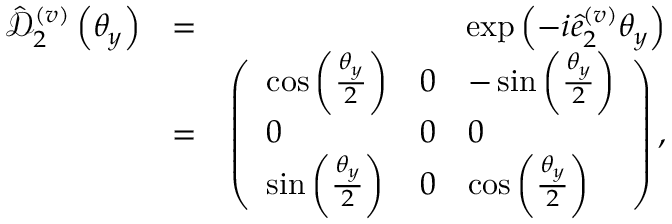
\begin{array} { r l r } { \hat { \mathcal D } _ { 2 } ^ { ( v ) } \left( \theta _ { y } \right) } & { = } & { \exp \left( - i \hat { e } _ { 2 } ^ { ( v ) } \theta _ { y } \right) } \\ & { = } & { \left( \begin{array} { l l l } { \cos \left( \frac { \theta _ { y } } { 2 } \right) } & { 0 } & { - \sin \left( \frac { \theta _ { y } } { 2 } \right) } \\ { 0 } & { 0 } & { 0 } \\ { \sin \left( \frac { \theta _ { y } } { 2 } \right) } & { 0 } & { \cos \left( \frac { \theta _ { y } } { 2 } \right) } \end{array} \right) , } \end{array}